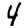
Digit: 4